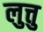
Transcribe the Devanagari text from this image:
लुत्तु